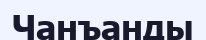
Чанъанды